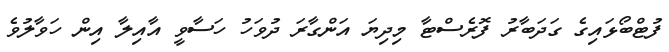
ފުޓްބޯޅައިގެ ގަދަބާރު ފޮރެސްޓާ މިދިޔަ އަންގާރަ ދުވަހު ހަސާވީ އާއިލާ އިން ހަވާލުވެ